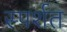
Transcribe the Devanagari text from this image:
स्पर्शत